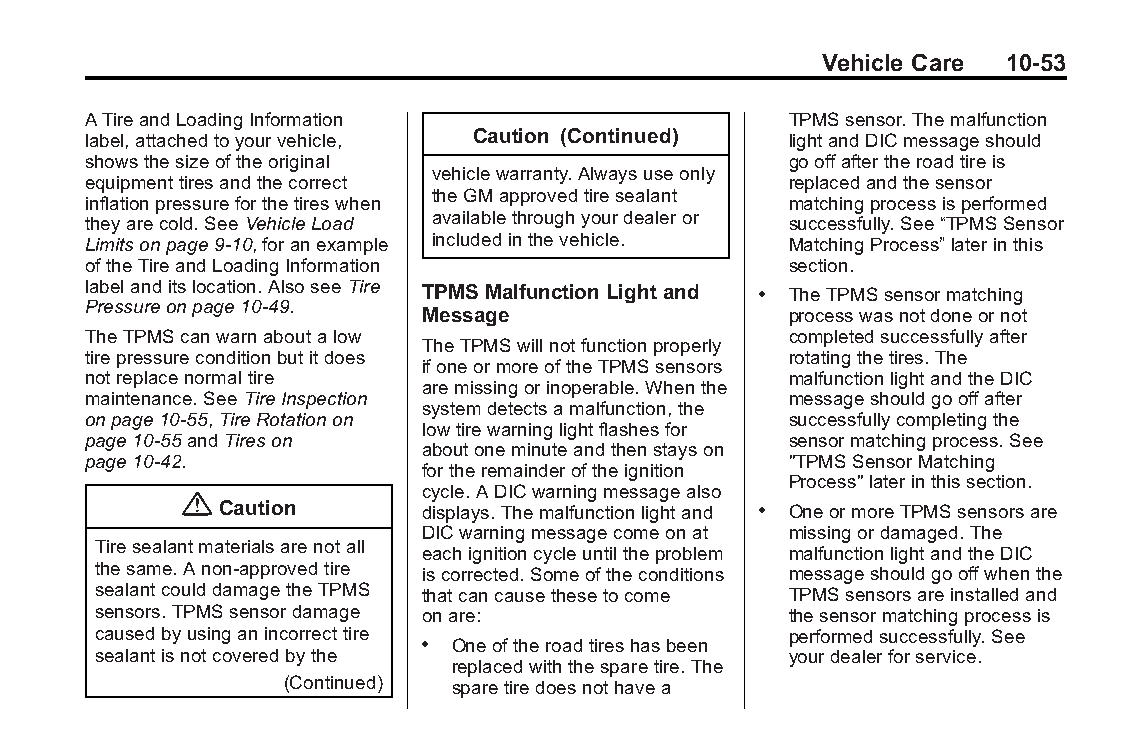
Buick LaCrosse Owner Manual (GMNA-Localizing-U.S./Canada/Mexico- Blackplate(53,1)
 6043609)-2014-2ndEdition-10/17/13
 Vehicle Care 10-53
 ATireandLoadingInformation                     TPMSsensor.Themalfunction
 label,attachedtoyourvehicle, Caution (Continued) lightandDICmessageshould
 showsthesizeoftheoriginal                      gooffaftertheroadtireis
 vehiclewarranty.Alwaysuseonly
 equipmenttiresandthecorrect                    replacedandthesensor
 theGMapprovedtiresealant
 inflationpressureforthetireswhen               matchingprocessisperformed
 theyarecold.SeeVehicleLoad availablethroughyourdealeror successfully.See“TPMSSensor
 Limitsonpage9-10,foranexample includedinthevehicle. MatchingProcess”laterinthis
 oftheTireandLoadingInformation                 section.
 labelanditslocation.AlsoseeTire TPMS Malfunction Light and . TheTPMSsensormatching
 Pressureonpage10-49.
 Message                 processwasnotdoneornot
 TheTPMScanwarnaboutalow                        completedsuccessfullyafter
 TheTPMSwillnotfunctionproperly
 tirepressureconditionbutitdoes                 rotatingthetires.The
 ifoneormoreoftheTPMSsensors
 notreplacenormaltire                           malfunctionlightandtheDIC
 aremissingorinoperable.Whenthe
 maintenance.SeeTireInspection                  messageshouldgooffafter
 systemdetectsamalfunction,the
 onpage10-55,TireRotationon                     successfullycompletingthe
 lowtirewarninglightflashesfor
 page10-55andTireson                            sensormatchingprocess.See
 aboutoneminuteandthenstayson
 page10-42.                                     "TPMSSensorMatching
 fortheremainderoftheignition
 Process"laterinthissection.
 cycle.ADICwarningmessagealso
 {
 Caution       displays.Themalfunctionlightand . OneormoreTPMSsensorsare
 DICwarningmessagecomeonat missingordamaged.The
 Tiresealantmaterialsarenotall
 eachignitioncycleuntiltheproblem malfunctionlightandtheDIC
 thesame.Anon-approvedtire iscorrected.Someoftheconditions messageshouldgooffwhenthe
 sealantcoulddamagetheTPMS thatcancausethesetocome TPMSsensorsareinstalledand
 sensors.TPMSsensordamage onare:               thesensormatchingprocessis
 causedbyusinganincorrecttire                  performedsuccessfully.See
 . Oneoftheroadtireshasbeen
 sealantisnotcoveredbythe                      yourdealerforservice.
 replacedwiththesparetire.The
 (Continued) sparetiredoesnothavea